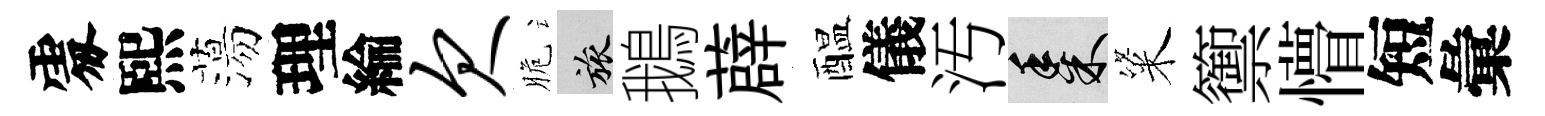
𠁅熙蕩理綸欠脆旅鵝薜醖儀汚黍粢籞懵短彙